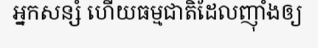
អ្នកសន្សំ ហើយធម្មជាតិដែលញ៉ាំងឲ្យ